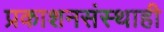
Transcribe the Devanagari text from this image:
प्रकाशनसंस्थाही